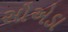
સૌએડા